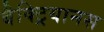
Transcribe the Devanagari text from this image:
बैक्ट्रियानस